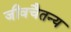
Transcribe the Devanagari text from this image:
जीवचैतन्य